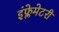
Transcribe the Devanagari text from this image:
इंफ्लेमेटरी